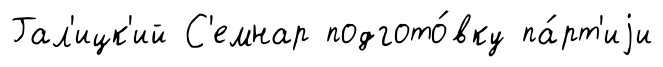
Гал'ицк'ий С'емнар подгото́вку па́рт'иjи